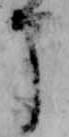
申